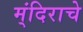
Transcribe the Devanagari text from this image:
म्ंदिराचे